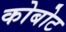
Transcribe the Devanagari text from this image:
कोबोट